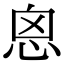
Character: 恖